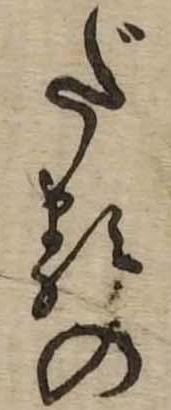
だるの